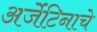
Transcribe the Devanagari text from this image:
अर्जेंटिनाचे